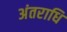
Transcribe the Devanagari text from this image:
अंतराधि